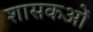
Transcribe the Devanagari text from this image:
शासकओं